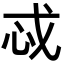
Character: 𫻪